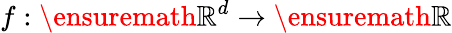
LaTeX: f:\ensuremath{\mathbb{R}^{d}}\to\ensuremath{\mathbb{R}}